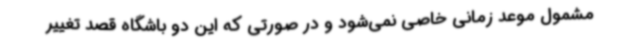
مشمول موعد زمانی خاصی نمی‌شود و در صورتی که این دو باشگاه قصد تغییر